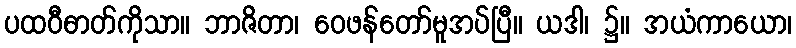
ပထဝီဓာတ်ကိုသာ။ ဘာဇိတာ၊ ဝေဖန်တော်မူအပ်ပြီ။ ယဒါ၊ ၌။ အယံကာယော၊